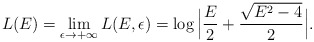
\begin{align*}L(E)=\lim_{\epsilon\rightarrow +\infty} L(E,\epsilon)=\log \Big|\frac{E}{2}+\frac{\sqrt{E^{2}-4}}{2}\Big|.\end{align*}